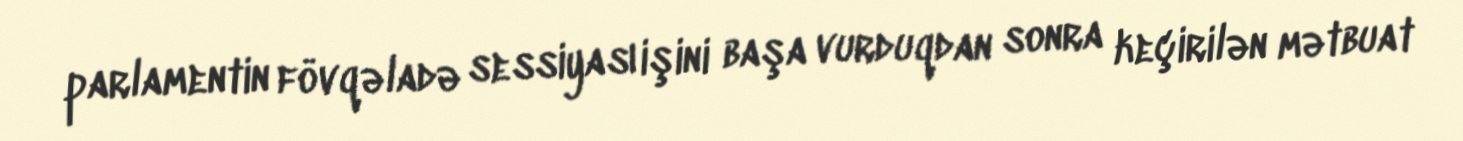
parlamentin fövqəladə sessiyası işini başa vurduqdan sonra keçirilən mətbuat